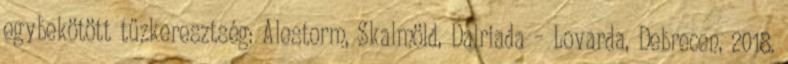
egybekötött tűzkeresztség: Alestorm, Skalmöld, Dalriada – Lovarda, Debrecen, 2018.